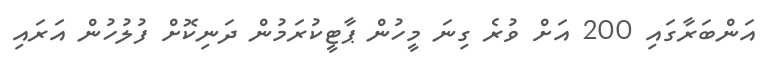
އަންބަރާގައި 200 އަށް ވުރެ ގިނަ މީހުން ޕާޓީކުރަމުން ދަނިކޮށް ފުލުހުން އަރައި